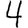
Digit: 4